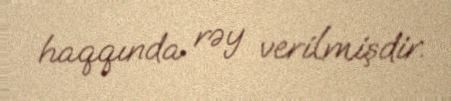
haqqında rəy verilmişdir.